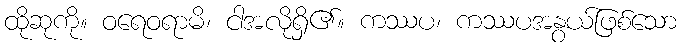
ထိုဆုကို။ ဝရေဝရာမိ၊ ငါအလိုရှိ၏။ ကဿပ၊ ကဿပအနွယ်ဖြစ်သော